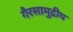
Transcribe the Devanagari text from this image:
गैरसामुद्रीय